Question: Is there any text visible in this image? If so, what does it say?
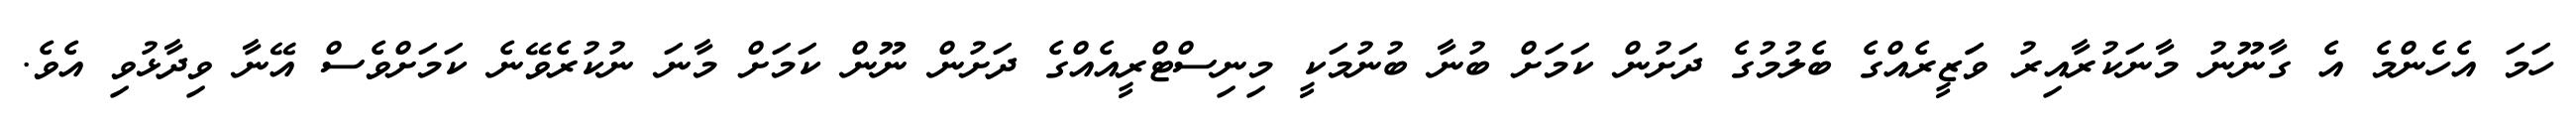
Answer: ހަމަ އެހެންމެ އެ ގާނޫނު މާނަކުރާއިރު ވަަޒީރެއްގެ ބެލުމުގެ ދަށުން ކަމަށް ބުނާ ބުނުމަކީ މިނިސްޓްރީއެއްގެ ދަށުން ނޫން ކަމަށް މާނަ ނުކުރެވޭނެ ކަމަށްވެސް އޭނާ ވިދާޅުވި އެވެ.